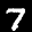
Label: 7